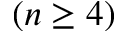
( n \geq 4 )